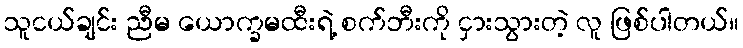
သူငယ်ချင်း ညီမ ယောက္ခမထီးရဲ့ စက်ဘီးကို ငှားသွားတဲ့ လူ ဖြစ်ပါတယ်။